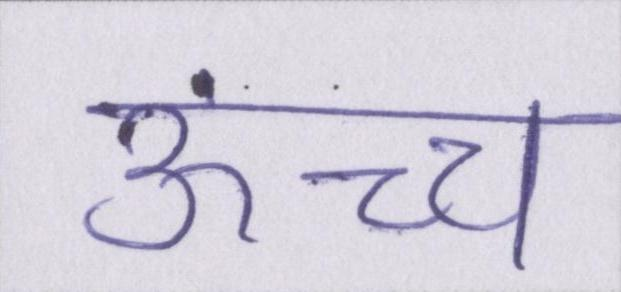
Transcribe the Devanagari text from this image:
ऊंच्च